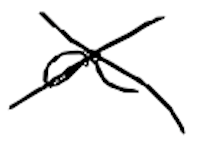
Text: a
Cross-out: cross
Writing tool: digital_black